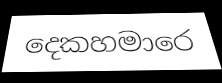
දෙකහමාරෙ